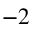
^ { - 2 }